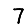
Digit: 7